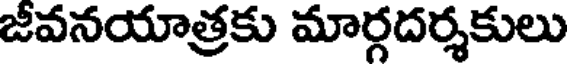
జీవనయాత్రకు మార్గదర్శకులు